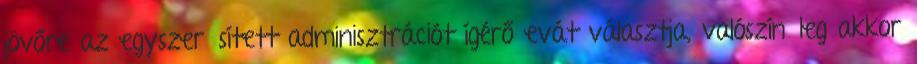
jövőre az egyszerűsített adminisztrációt ígérő evát választja, valószínűleg akkor